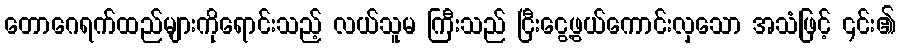
တောဂေရက်ထည်များကိုရောင်းသည့် လယ်သူမ ကြီးသည် ငြီးငွေ့ဖွယ်ကောင်းလှသော အသံဖြင့် ၎င်း၏